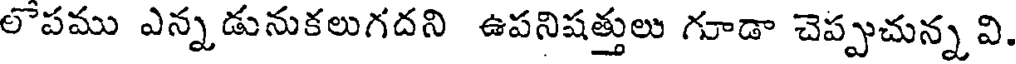
లెపము ఎన్నడునుకలుగదని ఉపనిషత్తులు గూడా చెప్పుచున్న వి.